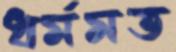
ধর্মমত